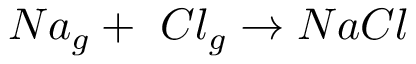
N a _ { g } + \ C l _ { g } \rightarrow N a C l